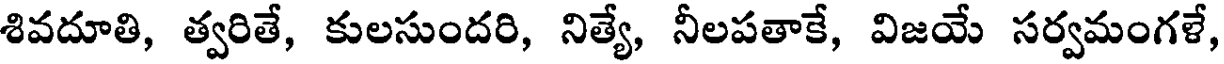
శివదూతి, త్వరితే, కులసుందరి, నిత్యే, నీలపతాకే, విజయే సర్వమంగళే,